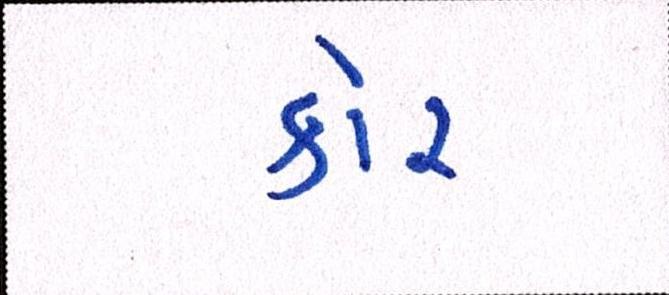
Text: કોર